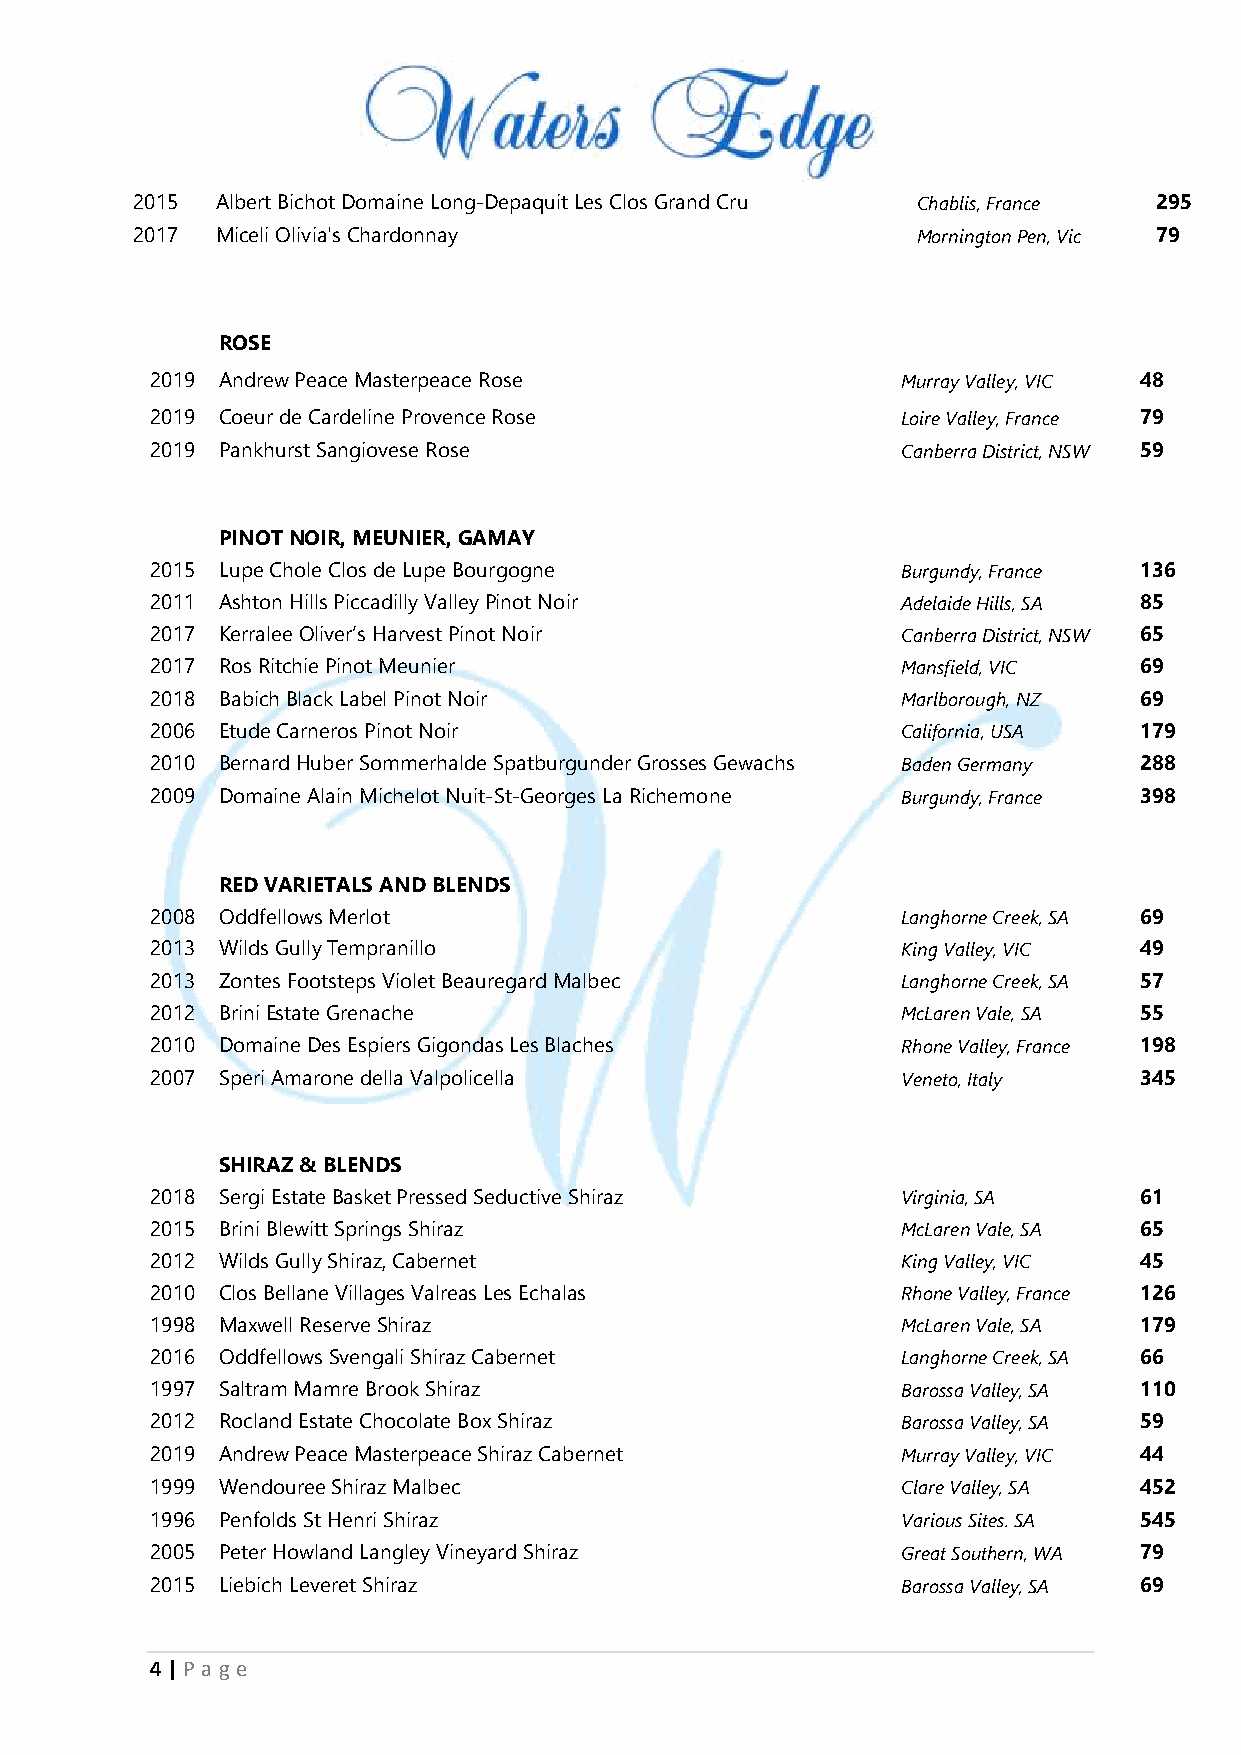
2015 Albert Bichot Domaine Long-Depaquit Les Clos Grand Cru Chablis, France 295
 2017 Miceli Olivia's Chardonnay                     Mornington Pen, Vic 79
 ROSE
 2019 Andrew Peace Masterpeace Rose                Murray Valley, VIC 48
 2019 Coeur de Cardeline Provence Rose             Loire Valley, France 79
 2019 Pankhurst Sangiovese Rose                    Canberra District, NSW 59
 PINOT NOIR, MEUNIER, GAMAY
 2015 Lupe Chole Clos de Lupe Bourgogne            Burgundy, France 136
 2011 Ashton Hills Piccadilly Valley Pinot Noir    Adelaide Hills, SA 85
 2017 Kerralee Oliver’s Harvest Pinot Noir         Canberra District, NSW 65
 2017 Ros Ritchie Pinot Meunier                    Mansfield, VIC 69
 2018 Babich Black Label Pinot Noir                Marlborough, NZ 69
 2006 Etude Carneros Pinot Noir                    California, USA 179
 2010 Bernard Huber Sommerhalde Spatburgunder Grosses Gewachs Baden Germany 288
 2009 Domaine Alain Michelot Nuit-St-Georges La Richemone Burgundy, France 398
 RED VARIETALS AND BLENDS
 2008 Oddfellows Merlot                            Langhorne Creek, SA 69
 2013 Wilds Gully Tempranillo                      King Valley, VIC 49
 2013 Zontes Footsteps Violet Beauregard Malbec    Langhorne Creek, SA 57
 2012 Brini Estate Grenache                        McLaren Vale, SA 55
 2010 Domaine Des Espiers Gigondas Les Blaches     Rhone Valley, France 198
 2007 Speri Amarone della Valpolicella             Veneto, Italy  345
 SHIRAZ & BLENDS
 2018 Sergi Estate Basket Pressed Seductive Shiraz Virginia, SA   61
 2015 Brini Blewitt Springs Shiraz                 McLaren Vale, SA 65
 2012 Wilds Gully Shiraz, Cabernet                 King Valley, VIC 45
 2010 Clos Bellane Villages Valreas Les Echalas    Rhone Valley, France 126
 1998 Maxwell Reserve Shiraz                       McLaren Vale, SA 179
 2016 Oddfellows Svengali Shiraz Cabernet          Langhorne Creek, SA 66
 1997 Saltram Mamre Brook Shiraz                   Barossa Valley, SA 110
 2012 Rocland Estate Chocolate Box Shiraz          Barossa Valley, SA 59
 2019 Andrew Peace Masterpeace Shiraz Cabernet     Murray Valley, VIC 44
 1999 Wendouree Shiraz Malbec                      Clare Valley, SA 452
 1996 Penfolds St Henri Shiraz                     Various Sites. SA 545
 2005 Peter Howland Langley Vineyard Shiraz        Great Southern, WA 79
 2015 Liebich Leveret Shiraz                       Barossa Valley, SA 69
 4 | P age